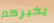
يخبركم